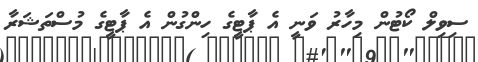
ސިވިލް ކޯޓުން މިހާރު ވަނީ އެ ޕާޓީގެ ހިންގުން އެ ޕާޓީގެ މުސްތަޝަރާ